Report of the Municipal Commissioner on the plague in Bombay for the year ending 31st May... - Volume 1
Disease focus: Plague
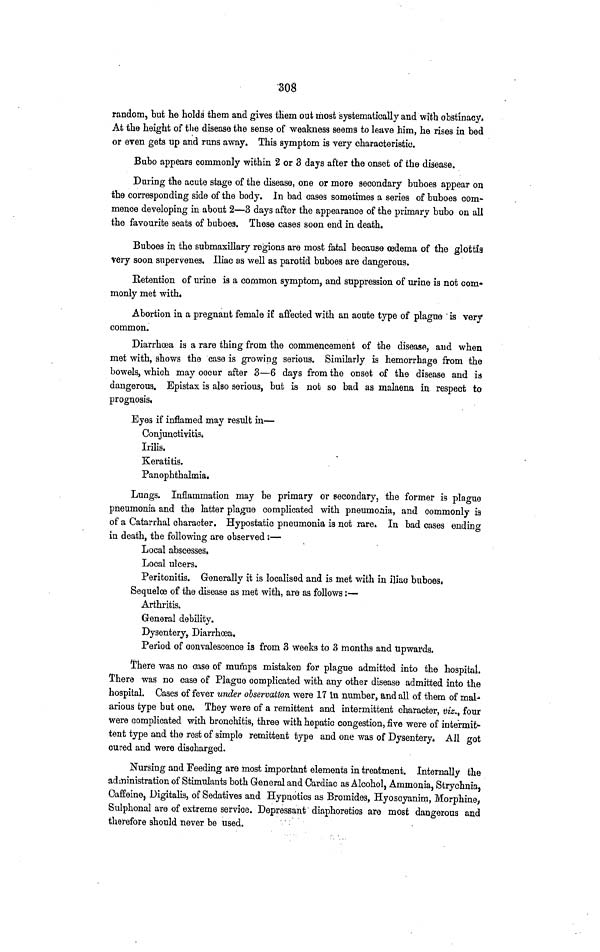
308
random, but he holds them and gives them out most systematically and with obstinacy,
At the height of the disease the sense of weakness seems to leave him, he rises in bed
or even gets up and runs away. This symptom is very characteristic.
Bubo appears commonly within 2 or 3 days after the onset of the disease.
During the acute stage of the disease, one or more secondary buboes appear on
the corresponding side of the body. In bad cases sometimes a series of buboes com-
mence developing in about 2—3 days after the appearance of the primary bubo on all
the favourite seats of buboes. These cases soon end in death.
Buboes in the submaxillary regions are most fatal because œdema of the glottis
very soon supervenes. Iliac as well as parotid buboes are dangerous.
Retention of urine is a common symptom, and suppression of urine is not com-
monly met with.
Abortion in a pregnant female if affected with an acute type of plague is very
common.
Diarrhœa is a rare thing from the commencement of the disease, and when
met with, shows the case is growing serious. Similarly is hemorrhage from the
bowels, which may occur after 3—6 days from the onset of the disease and is
dangerous. Epistax is also serious, but, is not so bad as malaena in respect to
prognosis«
Eyes if inflamed may result in—
Conjunctivitis.
Irilis.
Keratitis.
Panophthalmia.
Lungs. Inflammation may be primary or secondary, the former is plague
pneumonia and the latter plague complicated with pneumoaia, and commonly is
of a Catarrhal character. Hypostatic pneumonia is not rare. In bad cases ending
in death, the following are observed :—
Local abscesses.
Local ulcers.
Peritonitis. Generally it is localised and is met with in iliac buboes.
Sequelœ of the disease as met with, are as follows ;—
Arthritis.
General debility.
Dysentery, Diarrhœa.
Period of convalescence is from 3 weeks to 3 months and upwards.
There was no case of mumps mistaken for plague admitted into the hospital.
There was no case of Plague complicated with any other disease admitted into the
hospital. Cases of fever under observation were 17 in number, and all of them of mal-
arious type but one. They were of a remittent and intermittent character, viz., four
were complicated with bronchitis, three with hepatic congestion, five were of intermit-
tent type and the rest of simple remittent type and one was of Dysentery. All got
cured and were discharged.
Nursing and Feeding are most important elements in treatment. Internally the
administration of Stimulants both General and Cardiac as Alcohol, Ammonia, Strychnia,
Caffeine, Digitalis, of Sedatives and Hypnotics as Bromides, Hyosoyanim, Morphine,
Sulphonal are of extreme service. Depressant diaphoretics are most dangerous and
therefore should never be used.